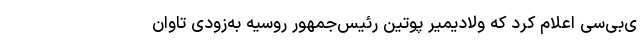
ی‌بی‌سی اعلام کرد که ولادیمیر پوتین رئیس‌جمهور روسیه به‌زودی تاوان